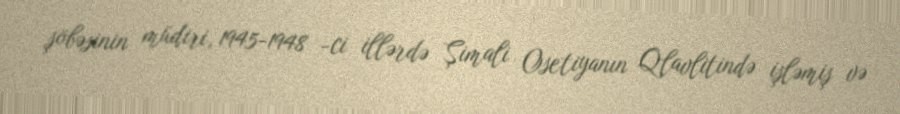
şöbəsinin müdiri, 1945-1948 -ci illərdə Şimali Osetiyanın Qlavlitində işləmiş və